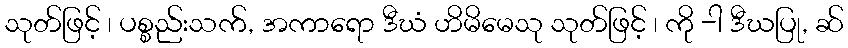
သုတ်ဖြင့် ၊ ပစ္စည်းသက်, အကာရော ဒီဃံ ဟိမိမေသု သုတ်ဖြင့် ၊ ကို -ါ ဒီဃပြု, ဆ်